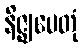
နိဇ္ဈပေတုံ